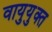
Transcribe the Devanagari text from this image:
वायुयुक्त